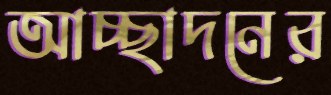
আচ্ছাদনের